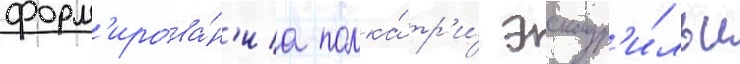
форм'ирова́н'иа полка́ тр'и́ эскадр'и́льи